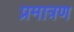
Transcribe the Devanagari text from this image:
प्रमात्रण